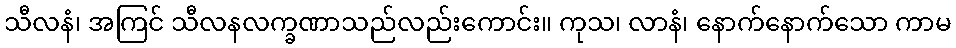
သီလနံ၊ အကြင် သီလနလက္ခဏာသည်လည်းကောင်း။ ကုသ၊ လာနံ၊ နောက်နောက်သော ကာမ